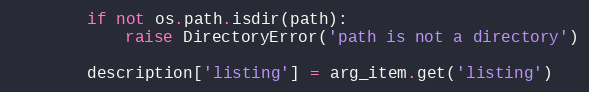
Language: Python
        if not os.path.isdir(path):
            raise DirectoryError('path is not a directory')

        description['listing'] = arg_item.get('listing')